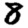
Digit: 8